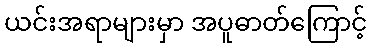
ယင်းအရာများမှာ အပူဓာတ်ကြောင့်